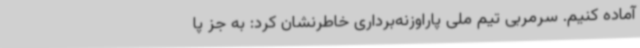
آماده کنیم. سرمربی تیم ملی پاراوزنه‌برداری خاطرنشان کرد: به جز پا